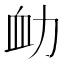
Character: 𧖩